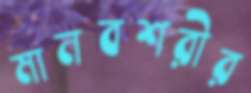
মানবশরীর